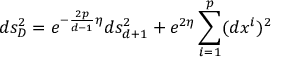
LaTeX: d s _ { D } ^ { 2 } = e ^ { - \frac { 2 p } { d - 1 } \eta } d s _ { d + 1 } ^ { 2 } + e ^ { 2 \eta } \sum _ { i = 1 } ^ { p } ( d x ^ { i } ) ^ { 2 }